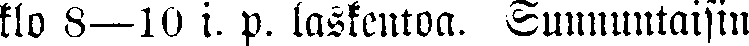
klo 8—10 i. p. laskentoa. Sunnuntaisin